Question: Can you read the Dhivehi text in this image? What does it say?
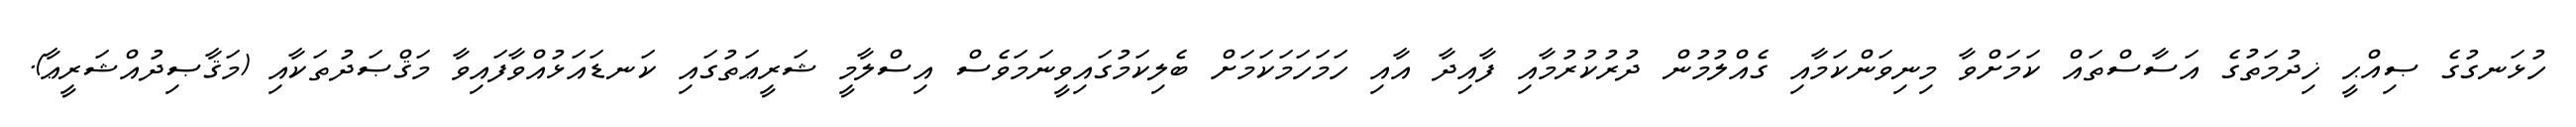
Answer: ހުޅަނގުގެ ޞިއްޙީ ޚިދުމަތުގެ އަސާސްތައް ކަމަށްވާ މިނިވަންކަމާއި ގެއްލުމުން ދުރުކުރުމާއި ފާއިދާ އާއި ހަމަހަމަކަމަށް ބެލިކަމުގައިވީނަމަވެސް އިސްލާމީ ޝަރީޢަތުގައި ކަނޑައަޅުއްވާފައިވާ މަޤްޞަދުތަކާއި (މަޤާޞިދުއްޝަރީޢާ).